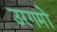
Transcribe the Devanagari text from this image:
उरगमों